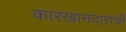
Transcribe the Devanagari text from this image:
कारखानदारांची